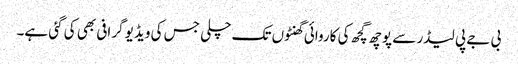
بی جے پی لیڈر سے پوچھ گچھ کی کاروائی گھنٹوں تک چلی جس کی ویڈیو گرافی بھی کی گئی ہے۔